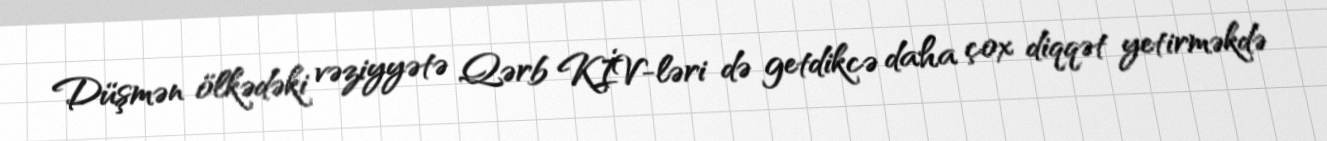
Düşmən ölkədəki vəziyyətə Qərb KİV-ləri də getdikcə daha çox diqqət yetirməkdə